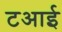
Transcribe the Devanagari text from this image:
टआई